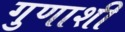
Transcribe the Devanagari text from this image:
गुणाशी